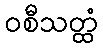
ဝစီသတ္ထံ